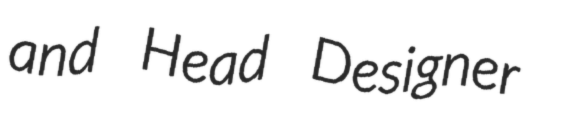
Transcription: and Head Designer